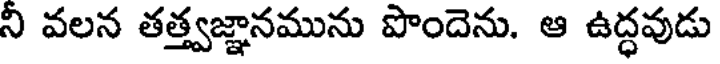
ని వలన తత్త్వజ్ఞానమును పొందెను. ఆ ఉద్ధవుడు